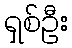
ရှစ်ဦး